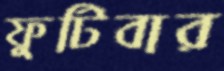
ফুটিবার